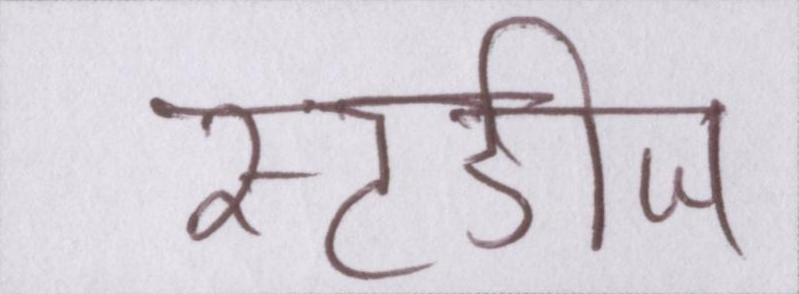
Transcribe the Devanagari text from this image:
स्टडीज